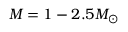
M = 1 - 2 . 5 M _ { \odot }